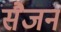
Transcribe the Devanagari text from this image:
सैजन